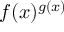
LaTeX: f ( x ) ^ { g ( x ) }